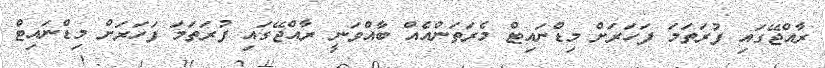
ރާއްޖޭގައި ފުރަތަމަ ފަހަރަށް މިޑްނައިޓް މެރަތަންއެއް ބާއްވަނީ ރާއްޖޭގައި ފުރަތަމަ ފަހަރަށް މިޑްނައިޓް